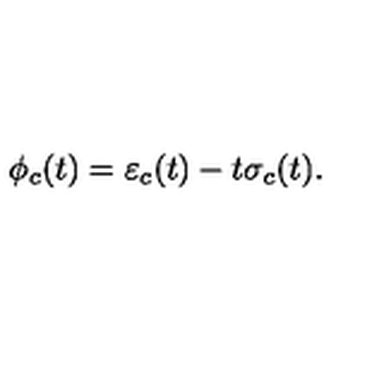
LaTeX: \phi _ { c } ( t ) = \varepsilon _ { c } ( t ) - t \sigma _ { c } ( t ) .